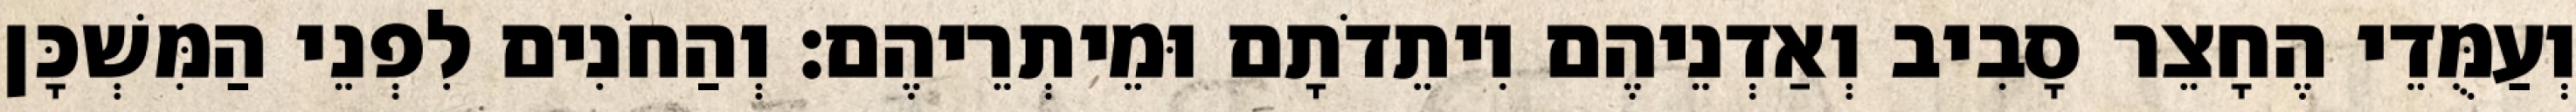
וְעַמֻּדֵי הֶחָצֵר סָבִיב וְאַדְנֵיהֶם וִיתֵדֹתָם וּמֵיתְרֵיהֶם׃ וְהַחֹנִים לִפְנֵי הַמִּשְׁכָּן